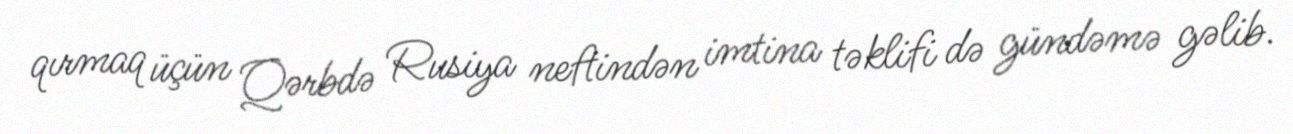
qırmaq üçün Qərbdə Rusiya neftindən imtina təklifi də gündəmə gəlib.